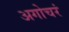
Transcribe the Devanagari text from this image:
अगोचरं